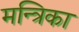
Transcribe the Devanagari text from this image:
मन्त्रिका